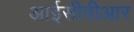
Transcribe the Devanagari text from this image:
आईसीपीआर